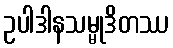
ဥပါဒါနသမ္မုဒိတဿ